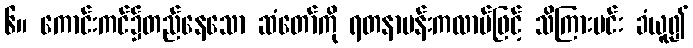
၆။ ကောင်းကင်၌တည်နေသော ဆံတော်ကို ရတနာပန်းကလာပ်ဖြင့် သိကြားမင်း ခံယူ၍